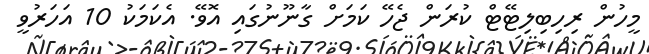
މީހުން ރިހިބިލިޓޭޓް ކުރަން ޖެހޭ ކަމަށް ގާނޫނުގައި އޮވޭ. އެކަމަކު 10 އަހަރުވީ